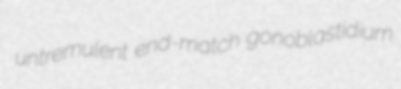
untremulent end-match gonoblastidium